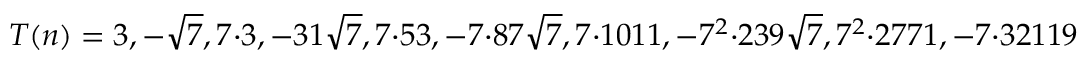
T ( n ) = 3 , - { \sqrt { 7 } } , 7 \cdot 3 , - 3 1 { \sqrt { 7 } } , 7 \cdot 5 3 , - 7 \cdot 8 7 { \sqrt { 7 } } , 7 \cdot 1 0 1 1 , - 7 ^ { 2 } \cdot 2 3 9 { \sqrt { 7 } } , 7 ^ { 2 } \cdot 2 7 7 1 , - 7 \cdot 3 2 1 1 9 { \sqrt { 7 } } , 7 ^ { 2 } \cdot 5 3 1 8 9 ,